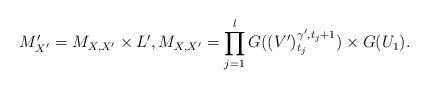
LaTeX: \begin{align*}M'_{X'}=M_{X,X'}\times L', M_{X,X'}=\prod_{j=1}^{l} G((V')^{\gamma',t_{j}+1}_{t_{j}}) \times G(U_1).\end{align*}